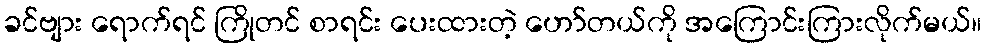
ခင်ဗျား ရောက်ရင် ကြိုတင် စာရင်း ပေးထားတဲ့ ဟော်တယ်ကို အကြောင်းကြားလိုက်မယ်။